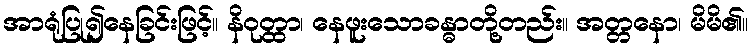
အာရုံပြု၍နေခြင်းဖြင့်။ နိဝုတ္ထာ၊ နေဖူးသောခန္ဓာတို့တည်း။ အတ္တနော၊ မိမိ၏။